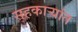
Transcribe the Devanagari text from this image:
सहकार्‍यांत